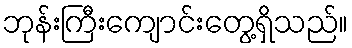
ဘုန်းကြီးကျောင်းတွေ့ရှိသည်။